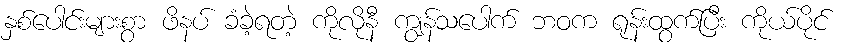
နှစ်ပေါင်းများစွာ ဖိနပ် ခံခဲ့ရတဲ့ ကိုလိုနီ ကျွန်သပေါက် ဘဝက ရုန်းထွက်ပြီး ကိုယ်ပိုင်